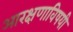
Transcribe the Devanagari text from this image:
आरक्षणाविषयी